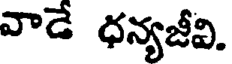
వాడే ధన్యజీవి.